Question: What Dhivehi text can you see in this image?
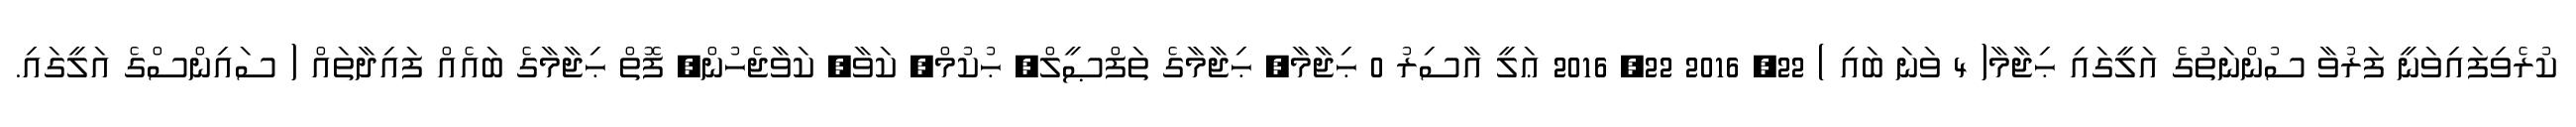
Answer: ކުރެވިފައިވަނީ ފަރުވާ ސުންނަތުގެ އަލީގައި ޙިޖާމާ( 4 ވަނަ ބައި ) 22, 2016 22, 2016 ޢަލީ އާސިރު 0 ޙިޖާމާ, ޙިޖާމާގެ ތަފްޞީލް, ޙުކުމް, ކަވާ, ކަވާޖެހުން, ފޮތް ޙިޖާމާގެ ބައެއް ފައިދާތައް ( ސައިންސްގެ އަލީގައި.